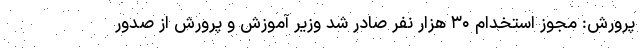
پرورش: مجوز استخدام ۳۰ هزار نفر صادر شد وزیر آموزش و پرورش از صدور